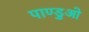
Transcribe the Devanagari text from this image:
पाण्डुओ